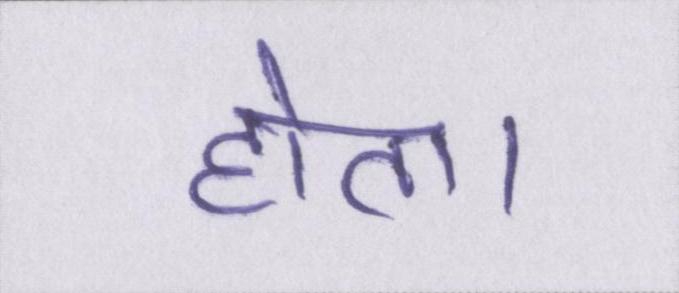
होता।